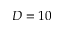
D = 1 0